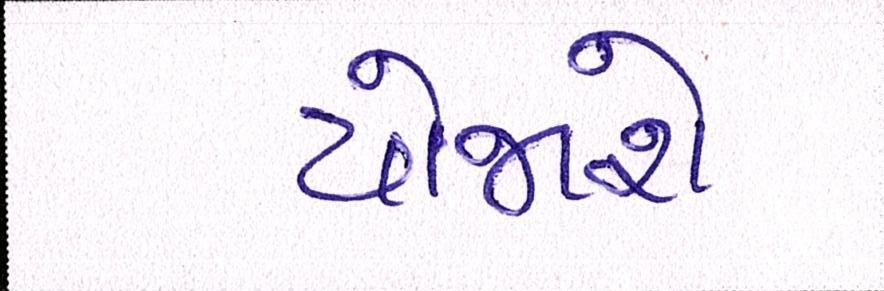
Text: યોજાશે